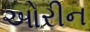
ઓરીન